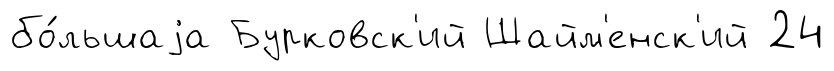
бо́льшаjа Бурковск'ий Шайм'енск'ий 24